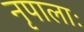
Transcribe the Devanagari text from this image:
नृपालाः